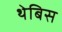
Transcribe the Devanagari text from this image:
थेबिस